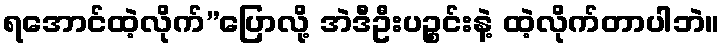
ရအောင်ထဲ့လိုက်”ပြောလို့ အဲဒီဦးပဉ္စင်းနဲ့ ထဲ့လိုက်တာပါဘဲ။